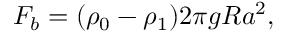
F _ { b } = ( \rho _ { 0 } - \rho _ { 1 } ) 2 \pi g R a ^ { 2 } ,